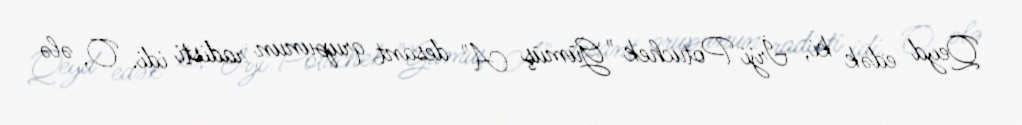
Qeyd edək ki, İrji Potuchek "Gümüş A" desant qrupunun radisti idi. O, ələ